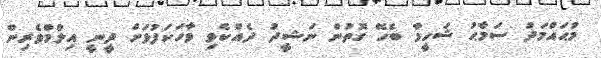
މުޙައްމަދު ސަމާޙު ޝަހީމާ ބެހޭ ގޮތުން ނަޝީދު ދެއްކެވި ވާހަކަފުޅަށް ދީނީ އިލްމްވެރިން